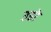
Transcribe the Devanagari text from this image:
उडो